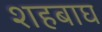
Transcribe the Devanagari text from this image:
शहबाघ